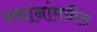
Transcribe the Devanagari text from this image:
स्थानांमधील